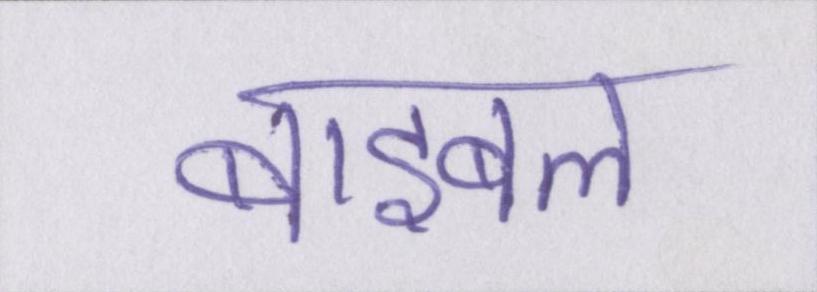
बाइबल